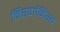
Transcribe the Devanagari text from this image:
निरवानिरव